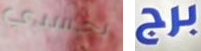
بجسدي برج